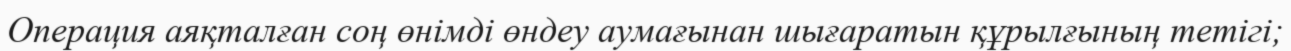
Операция аяқталған соң өнімді өндеу аумағынан шығаратын құрылғының тетігі;